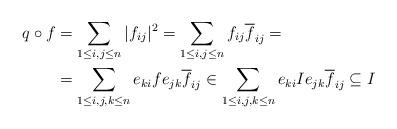
LaTeX: \begin{align*}q \circ f &= \sum_{1 \leq i,j \leq n} |f_{ij}|^2 = \sum_{1 \leq i,j \leq n} f_{ij} \overline{f}_{ij} = \\&= \sum_{1 \leq i,j,k \leq n} e_{ki} f e_{jk} \overline{f}_{ij} \in \sum_{1 \leq i,j,k \leq n} e_{ki} I e_{jk} \overline{f}_{ij}\subseteq I\end{align*}